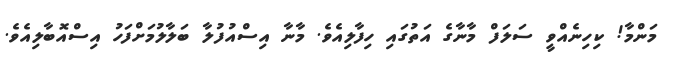
މަންމާ! ކިހިނެއްވީ ސަލަފް މާނާގެ އަތުގައި ހިފާލިއެވެ. މާނާ އިސްއުފުލާ ބަލާލުމަށްފަހު އިސްއޮބާލިއެވެ.